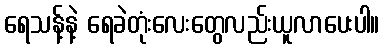
ရေသန့်နဲ့ ရေခဲတုံးလေးတွေလည်းယူလာပေးပါ။